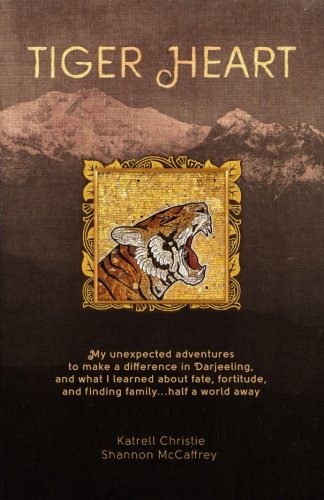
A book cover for Tiger Heart: My Unexpected Adventures to Make a Difference in Darjeeling, and What I Learned about Fate, Fortitude, and Finding Family Half a World Away; Katrell Christie; Cookbooks, Food & Wine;